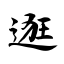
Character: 逛